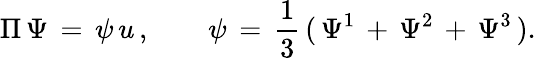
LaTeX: \Pi\, \Psi\, =\, \psi\, u\, ,\qquad\psi\, =\, {\frac{1}{3}}\, (\, \Psi^{1}\, +\, \Psi^{2}\, +\, \Psi^{3}\, ).